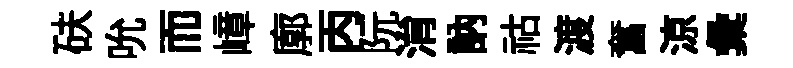
砆吮而嶂廓丙阮㳙訥祜渡奮涼彙